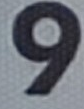
9